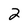
Character: 2